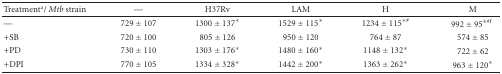
| Treatmenta/ Mtb strain | — | H37Rv | LAM | H | M |
 | --- | --- | --- | --- | --- | --- |
 | — | 729 ± 107 | 1300 ± 137* | 1529 ± 115* | 1234 ± 115∗# | 992 ± 95∗#f |
 | +SB | 720 ± 100 | 805 ± 126 | 950 ± 120 | 764 ± 87 | 574 ± 85 |
 | +PD | 730 ± 110 | 1303 ± 176* | 1480 ± 160* | 1148 ± 132* | 722 ± 62 |
 | +DPI | 770 ± 105 | 1334 ± 328* | 1442 ± 200* | 1363 ± 262* | 963 ± 120* |